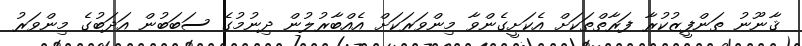
ޤާނޫނު ތަންފީޒުކުރާ ފަރާތްތަކަށް އެކަށީގެންވާ މިންވަރަކަށް އެއްބާރުލުން ދިނުމުގެ ސަބަބުން އަދަބުގެ މިންވަރު